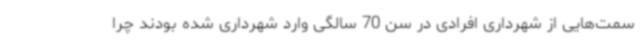
سمت‌هایی از شهرداری افرادی در سن 70 سالگی وارد شهرداری شده بودند چرا